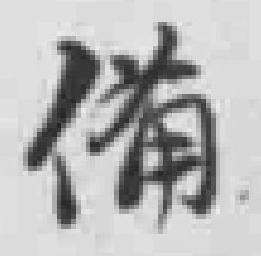
備